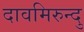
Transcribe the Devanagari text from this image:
दावमिरुन्दु